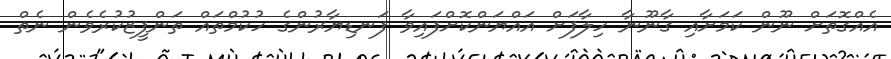
އެއްގޮތަށް ނޫން ކަމަށާއި ގާނޫނާ ހިލާފަށް އައްޔަންކޮށްފައިވާ ފަނޑިޔާރުންގެ ހުކުމްތައް ތަންފީޒުކުރެވެން ނެތް